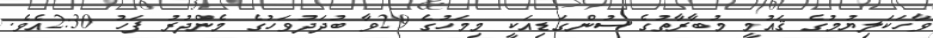
ވާހަކަލިޔުމުގެ ޤައުމީ މުބާރާތުގެ ސުންގަޑިއަކީ މިމަހުގެ 29ވާ ބުދަދުވަހުގެ މެންދުރު ފަހު 2:30އެވެ.